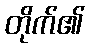
တိုက်၏